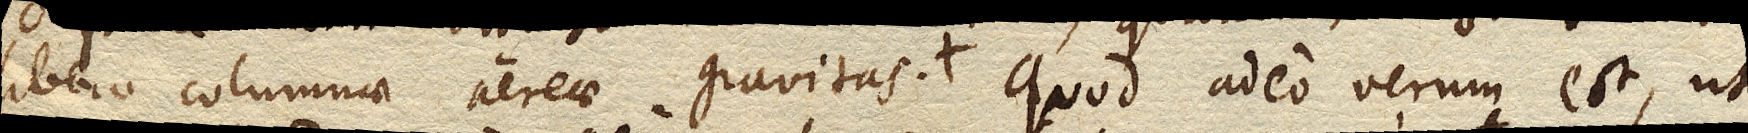
libero columnae aereae gravitas. quod adeo verum est, ut